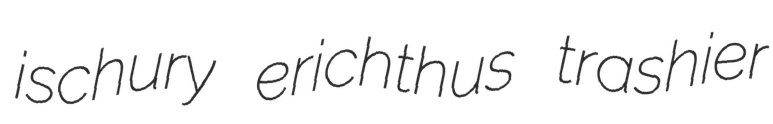
ischury erichthus trashier